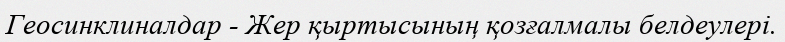
Геосинклиналдар - Жер қыртысының қозғалмалы белдеулері.